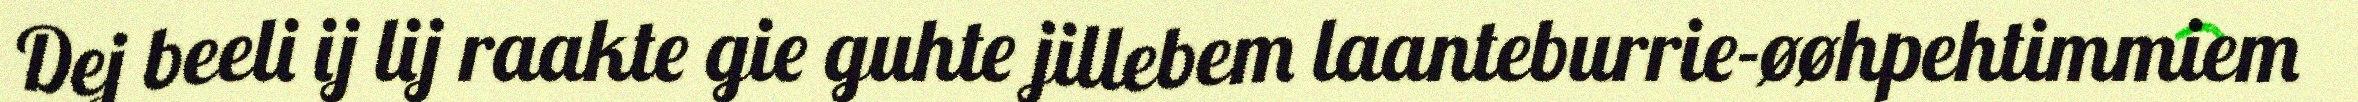
Dej beeli ij lij raakte gie guhte jillebem laanteburrie-øøhpehtimmiem